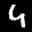
Label: 4